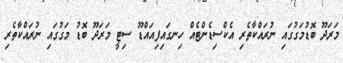
މަރަދޫ ބޮޑުމަގުގައި ނުރައްކާތެރި އެކްސިޑެންޓެއް ހިނގައިފިއައްޑޫ ސިޓީ މަރަދޫ ބޮޑު މަގުގައި ނުރައްކާތެރި